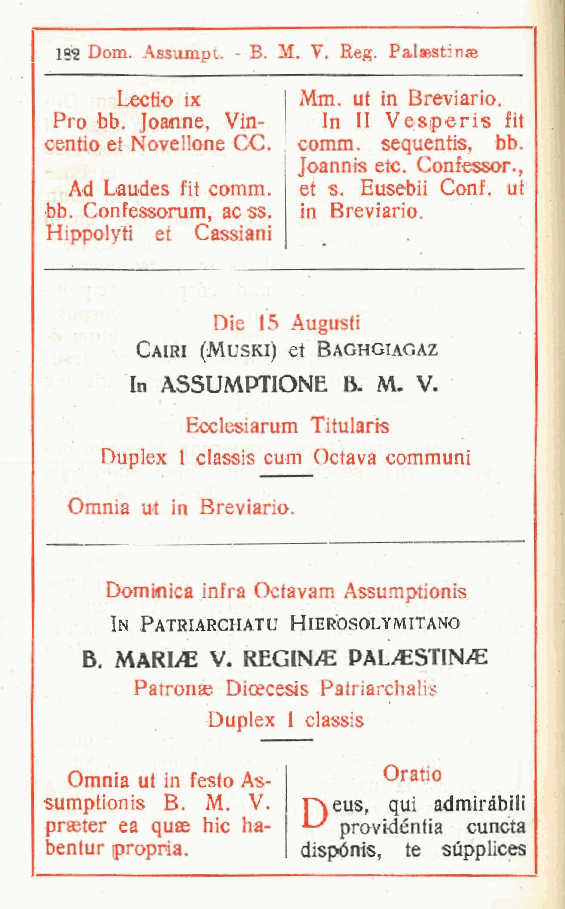
182 Dom. Assumpt. - B. M. V. Reg. Palsestinae
 Lectio ix   Mm. ut in Breviario.
 Pro bb. Joanne Vin- In II Vesperis fit
 ,
 centio et Novellone CC. comm. sequentis, bb.
 Joannis etc. Confessor.,
 Ad Laudes fit comm. et s. Eusebii Conf. ut
 bb. Confessorum ne ss. in Breviario.
 ,
 Hippolyti et Cassiani
 Die 15 Augusti
 Cairi (Muski) et Baghgiagaz
 In ASSUMPTIONE B. M. V.
 Ecclesiarum Tituiaris
 Duplex 1 classis cum Octava communi
 Omnia ut in Breviario.
 Dominica infra Octavam Assumptionis
 In Patriarchatu Hierosolymitano
 B  MARINE V. REGINO PAL ESTINLC
 .
 Patronse Dicecesis Patnarchalis
 Duplex 1 classis
 Omnia ut in festo As- Oratio
 sumptionis B. M. V. r\ eus, qui admiràbili
 prseter ea quae hic ha- providéntia cuncta
 bentur propria.  dispónis, te sùpplices